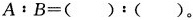
$$A：B＝( )：( )$$。